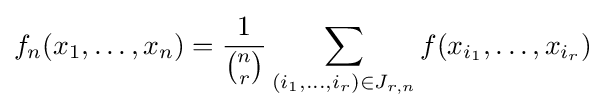
f_{n}(x_{1},\dotsc ,x_{n})={\frac {1}{\binom {n}{r}}}\sum _{(i_{1},\dotsc ,i_{r})\in J_{r,n}}f(x_{i_{1}},\dotsc ,x_{i_{r}})